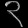
Digit: ၃